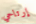
إرتاحي